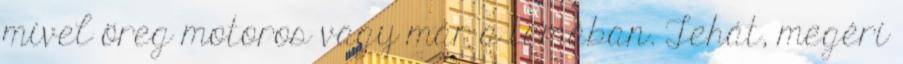
mivel öreg motoros vagy már a témában. Tehát, megéri